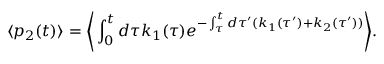
\langle p _ { 2 } ( t ) \rangle = \Bigg \langle \int _ { 0 } ^ { t } d \tau k _ { 1 } ( \tau ) e ^ { - \int _ { \tau } ^ { t } d \tau ^ { \prime } ( k _ { 1 } ( \tau ^ { \prime } ) + k _ { 2 } ( \tau ^ { \prime } ) ) } \Bigg \rangle .